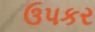
ઉપકર